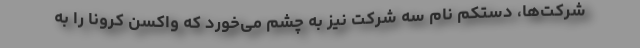
شرکت‌ها، دستکم نام سه شرکت نیز به چشم می‌خورد که واکسن کرونا را به